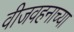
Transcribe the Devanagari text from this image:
वीजवहनाच्या